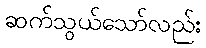
ဆက်သွယ်သော်လည်း